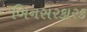
બિનસરકારક